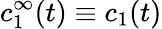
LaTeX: c_{1}^{\infty}(t)\equiv c_{1}(t)